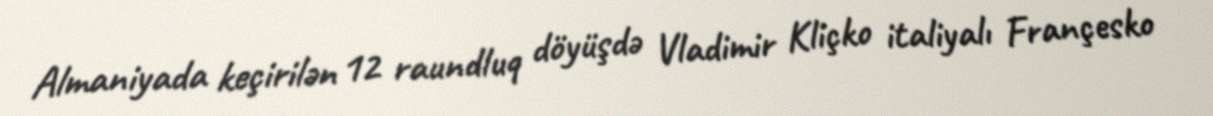
Almaniyada keçirilən 12 raundluq döyüşdə Vladimir Kliçko italiyalı Françesko